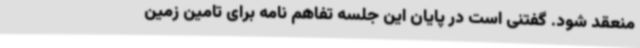
منعقد شود. گفتنی است در پایان این جلسه تفاهم نامه برای تامین زمین